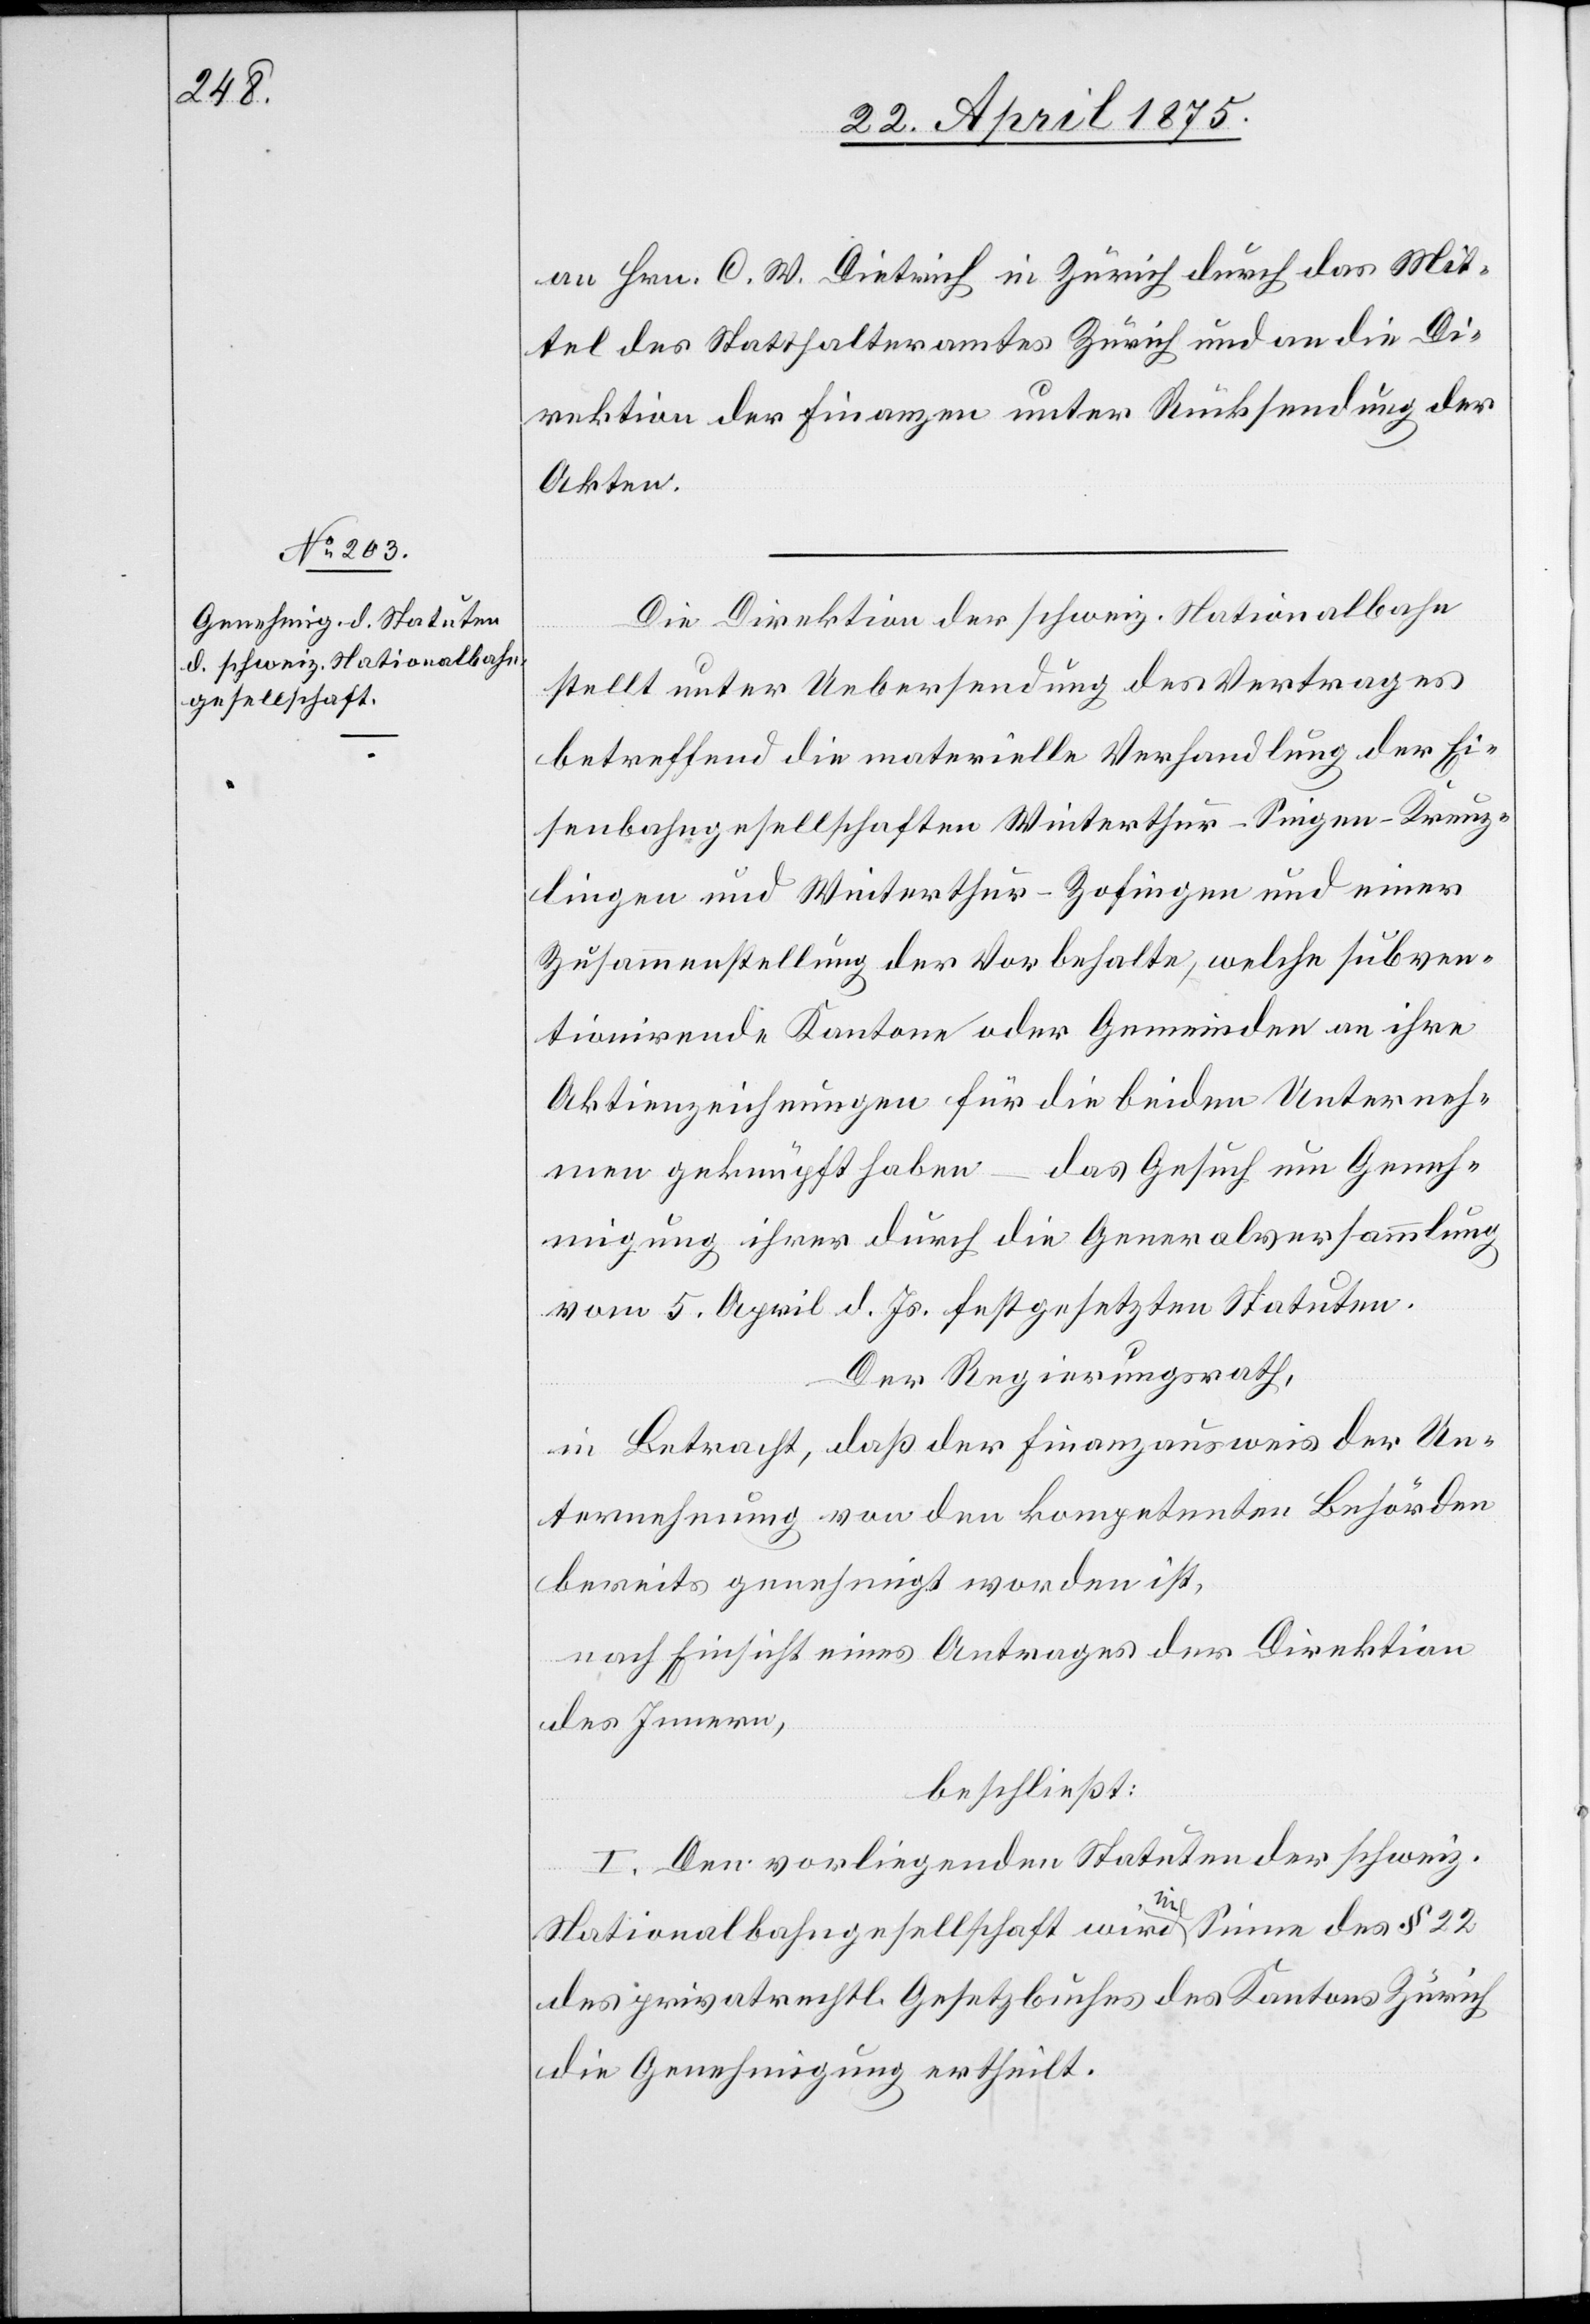
an Hrn. C. W. Dietrich in Zürich durch das Mit¬
tel des Statthalteramtes Zürich und an die Di¬
rektion der Finanzen unter Rücksendung der
Akten.
Die Direktion der schweiz. Nationalbahn
stellt unter Uebersendung des Vertrages
betreffend die materielle Verhandlung der Ei¬
senbahngesellschaften Winterthur–Singen–Kreuz¬
lingen und Winterthur–Zofingen und einer
Zusammenstellung der Vorbehalte, welche subven¬
tionirende Kantone oder Gemeinden an ihre
Aktienzeichnungen für die beiden Unterneh¬
men geknüpft haben – das Gesuch um Geneh¬
migung ihrer durch die Generalversammlung
vom 5. April d. Js. festgesetzten Statuten.
Der Regierungsrath,
in Betracht, daß der Finanzausweis der Un¬
ternehmung von den kompetenten Behörden
bereits genehmigt worden ist,
nach Einsicht eines Antrages der Direktion
des Innern,
beschließt:
I. Den vorliegenden Statuten der schweiz.
Nationalbahngesellschaft wird im Sinne des § 22
des privatrechtl. Gesetzbuches des Kantons Zürich
die Genehmigung ertheilt.